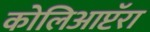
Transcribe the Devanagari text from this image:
कोलिआप्टॅरा